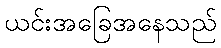
ယင်းအခြေအနေသည်